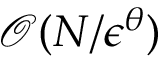
\mathcal { O } ( N / \epsilon ^ { \theta } )